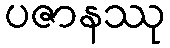
ပဇာနဿု